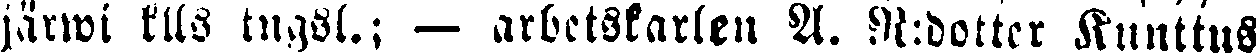
järwi klls tngsl.; — arbetskarlen A. R:dotter Kunttus